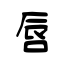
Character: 唇